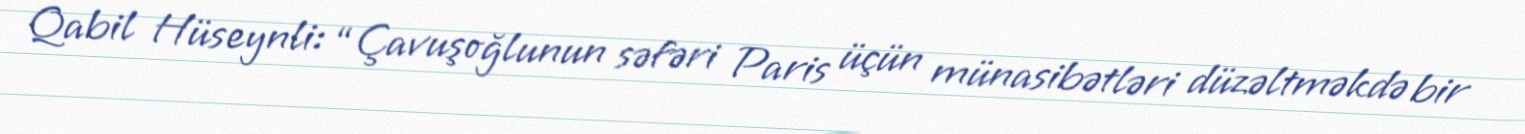
Qabil Hüseynli: “Çavuşoğlunun səfəri Paris üçün münasibətləri düzəltməkdə bir